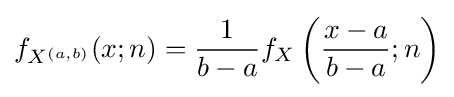
f_{X^{(a,b)}}(x;n)={\frac {1}{b-a}}f_{X}\left({\frac {x-a}{b-a}};n\right)